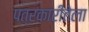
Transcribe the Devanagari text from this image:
पत्रकारीतेला